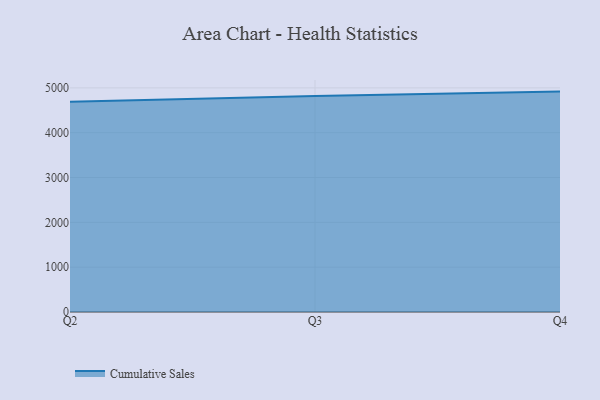
{"axis": {"x": "Quarter", "y": "Latency (ms)"}, "legend": ["Cumulative Sales"], "data": [{"x": "Q2", "y": 4688.4, "type": "Cumulative Sales"}, {"x": "Q3", "y": 4816.9, "type": "Cumulative Sales"}, {"x": "Q4", "y": 4917.0, "type": "Cumulative Sales"}]}